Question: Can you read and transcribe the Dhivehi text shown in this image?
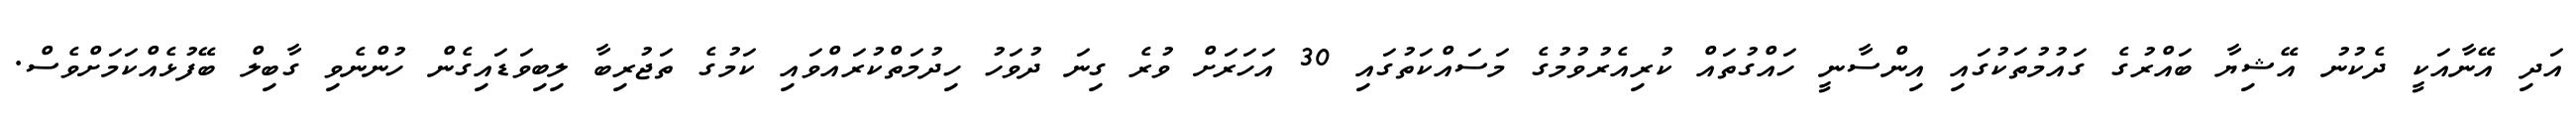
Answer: އަދި އޭނާއަކީ ދެކުނު އޭޝިޔާ ބައްރުގެ ގައުމުތަކުގައި އިންސާނީ ހައްގުތައް ކުރިއެރުވުމުގެ މަސައްކަތުގައި 30 އަހަރަށް ވުރެ ގިނަ ދުވަހު ހިދުމަތްކުރައްވައި ކަމުގެ ތަޖުރިބާ ލިބިވަޑައިގެން ހުންނެވި ގާބިލް ބޭފުޅެއްކަމަށްވެސް.